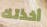
أخذتك